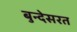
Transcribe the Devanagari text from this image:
बुन्देसरत